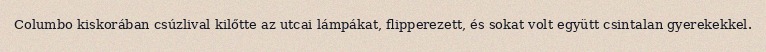
Columbo kiskorában csúzlival kilőtte az utcai lámpákat, flipperezett, és sokat volt együtt csintalan gyerekekkel.